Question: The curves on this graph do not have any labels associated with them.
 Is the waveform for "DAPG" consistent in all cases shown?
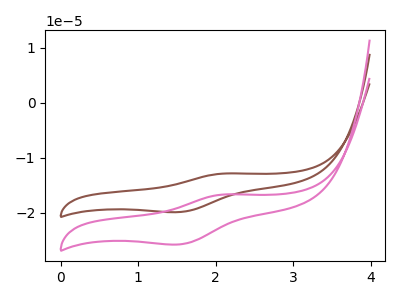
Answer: <think>The brown curve "brown" has an anodic peak at (2.10V, -12.85uA) and a cathodic peak at (1.55V, -19.85uA). The pink curve "pink" has an anodic peak at (2.10V, -16.65uA) and a cathodic peak at (1.55V, -25.75uA).
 All the peaks in "brown" have a peak in "pink" at the same potential.</think>
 <answer>All the CV's of "DAPG" have similar shape.</answer>
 <eval>follow_rule</eval>